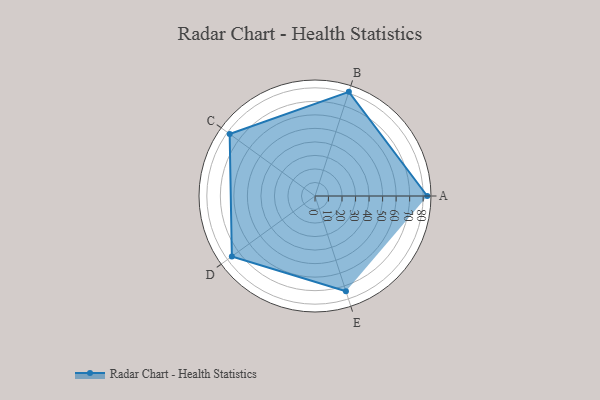
{"axis": {"x": "Skill", "y": "Score"}, "legend": ["Profile"], "data": [{"x": "A", "y": 83.0, "type": "Profile"}, {"x": "B", "y": 81.0, "type": "Profile"}, {"x": "C", "y": 78.0, "type": "Profile"}, {"x": "D", "y": 76.0, "type": "Profile"}, {"x": "E", "y": 74.0, "type": "Profile"}]}